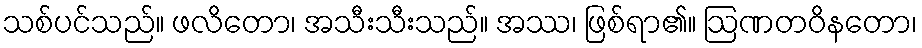
သစ်ပင်သည်။ ဖလိတော၊ အသီးသီးသည်။ အဿ၊ ဖြစ်ရာ၏။ ဩဏတဝိနတော၊